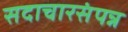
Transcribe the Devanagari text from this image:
सदाचारसंपन्न